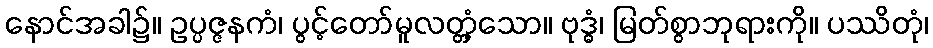
နောင်အခါ၌။ ဥပ္ပဇ္ဇနကံ၊ ပွင့်တော်မူလတ္တံ့သော။ ဗုဒ္ဓံ၊ မြတ်စွာဘုရားကို။ ပဿိတုံ၊